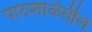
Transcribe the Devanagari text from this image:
पाठशाळेतील